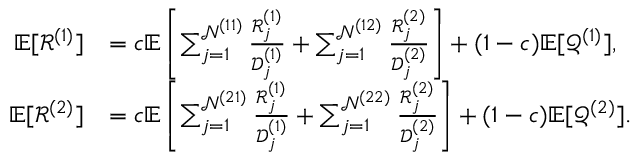
\begin{array} { r l } { \mathbb { E } [ { \mathcal { R } } ^ { ( 1 ) } ] } & { = c \mathbb { E } \left[ \sum _ { j = 1 } ^ { \mathcal { N } ^ { ( 1 1 ) } } \frac { { \mathcal { R } } _ { j } ^ { ( 1 ) } } { \mathcal { D } _ { j } ^ { ( 1 ) } } + \sum _ { j = 1 } ^ { \mathcal { N } ^ { ( 1 2 ) } } \frac { { \mathcal { R } } _ { j } ^ { ( 2 ) } } { \mathcal { D } _ { j } ^ { ( 2 ) } } \right] + ( 1 - c ) \mathbb { E } [ \mathcal { Q } ^ { ( 1 ) } ] , } \\ { \mathbb { E } [ { \mathcal { R } } ^ { ( 2 ) } ] } & { = c \mathbb { E } \left[ \sum _ { j = 1 } ^ { \mathcal { N } ^ { ( 2 1 ) } } \frac { { \mathcal { R } } _ { j } ^ { ( 1 ) } } { \mathcal { D } _ { j } ^ { ( 1 ) } } + \sum _ { j = 1 } ^ { \mathcal { N } ^ { ( 2 2 ) } } \frac { { \mathcal { R } } _ { j } ^ { ( 2 ) } } { \mathcal { D } _ { j } ^ { ( 2 ) } } \right] + ( 1 - c ) \mathbb { E } [ \mathcal { Q } ^ { ( 2 ) } ] . } \end{array}